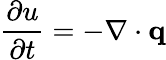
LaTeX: {\frac{\partial u}{\partial t}}=-\nabla\cdot\mathbf{q}